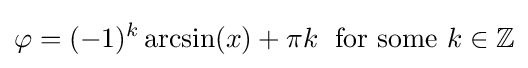
\varphi =(-1)^{k}\arcsin(x)+\pi k\;{\text{ for some }}k\in \mathbb {Z}